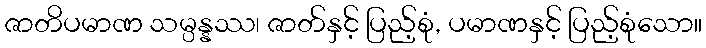
ဇာတိပမာဏ သမ္ပန္နဿ၊ ဇာတ်နှင့် ပြည့်စုံ, ပမာဏနှင့် ပြည့်စုံသော။